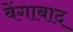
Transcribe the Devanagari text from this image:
बेंगाबाद